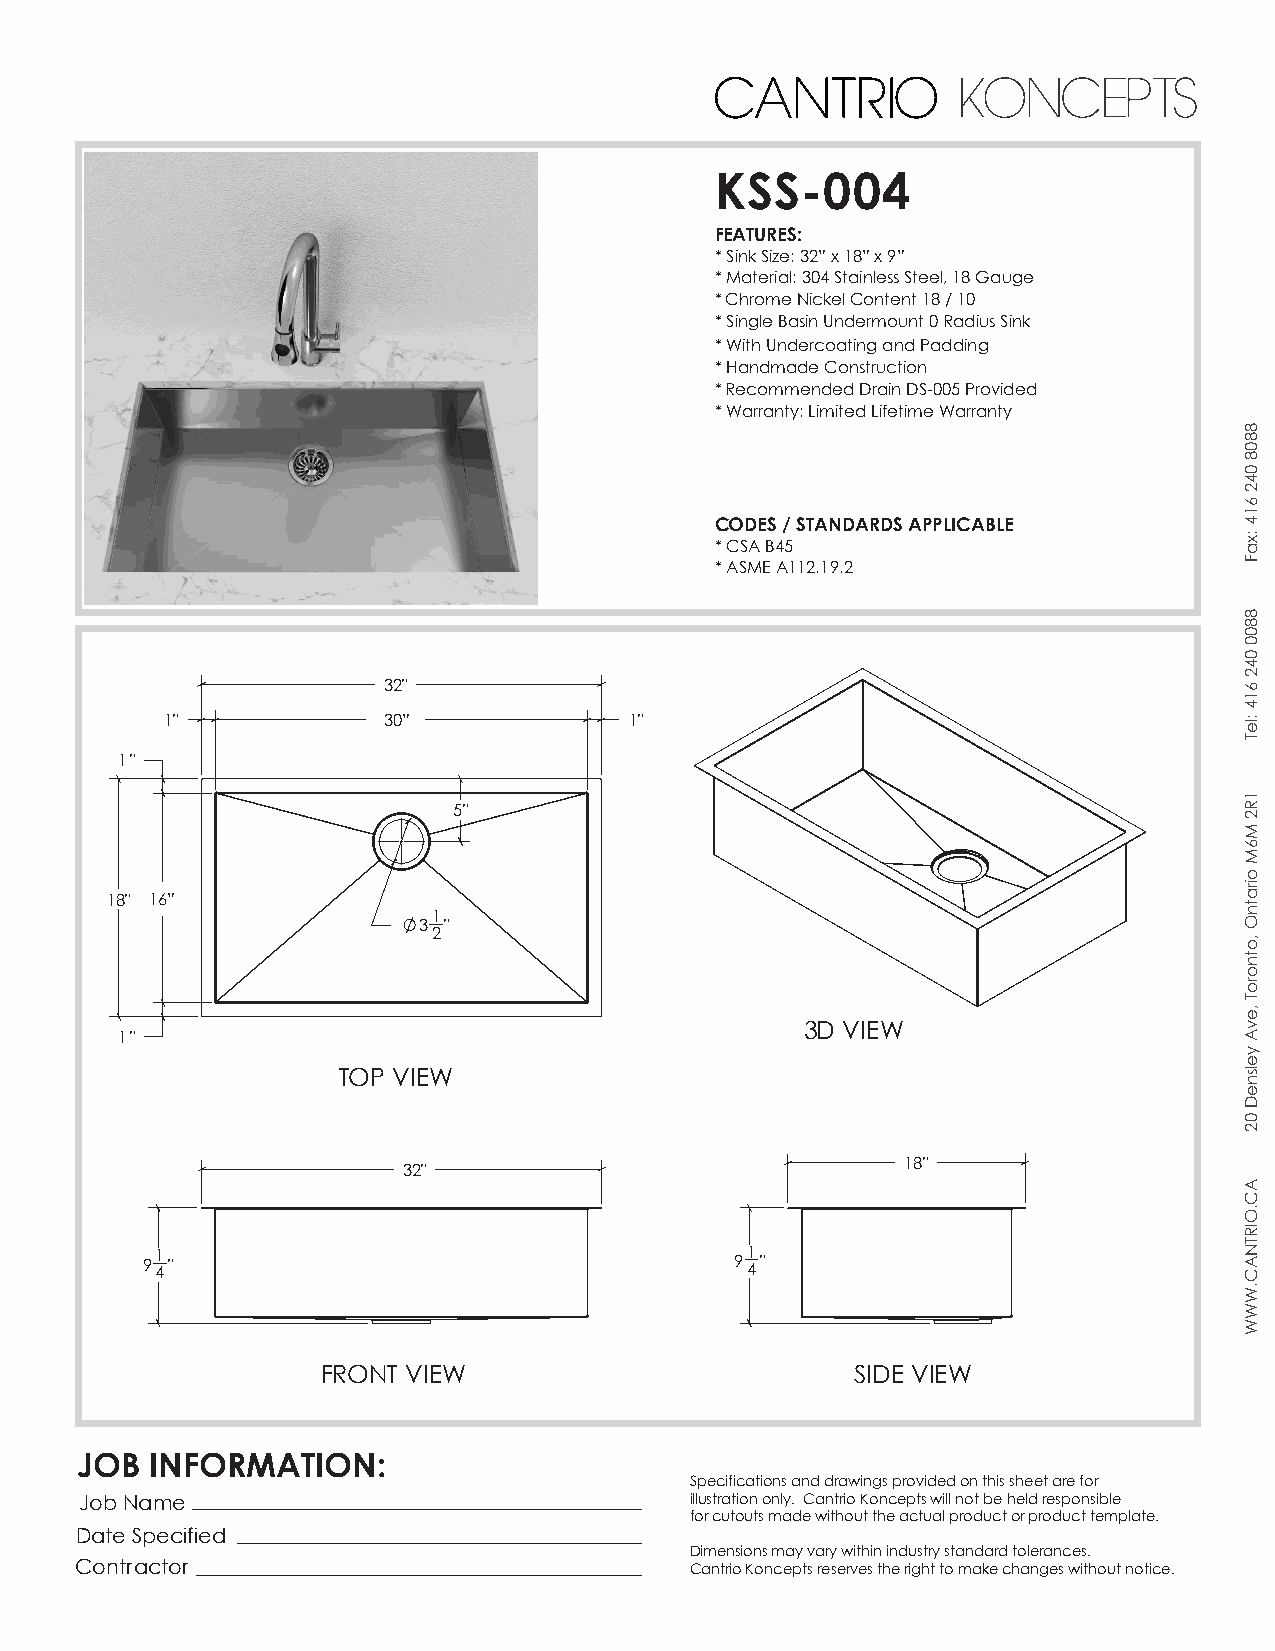
CANTRIO         KONCEPTS
 KSS-004
 FEATURES:
 * Sink Size: 32” x 18” x 9”
 * Material: 304 Stainless Steel, 18 Gauge
 * Chrome Nickel Content 18 / 10
 * Single Basin Undermount 0 Radius Sink
 * With Undercoating and Padding
 * Handmade Construction
 * Recommended Drain DS-005 Provided
 * Warranty: Limited Lifetime Warranty
 CODES / STANDARDS APPLICABLE
 * CSA B45
 * ASME A112.19.2
 32"
 1"            30”              1"
 1"
 5"
 18" 16”
 1
 3 "
 2
 3D VIEW
 1"
 TOP VIEW
 18"
 32"
 91 4"                                   91 4"
 FRONT VIEW                          SIDE VIEW
 JOB  INFORMATION:
 Specifications and drawings provided on this sheet are for
 Job Name                                 illustration only. Cantrio Koncepts will not be held responsible
 for cutouts made without the actual product or product template.
 Date Specified
 Dimensions may vary within industry standard tolerances.
 Contractor                               Cantrio Koncepts reserves the right to make changes without notice.
 8808
 042
 614
 :xaF
 8800
 042
 614
 :leT
 1R2
 M6M
 oiratnO
 ,otnoroT
 ,evA
 yelsneD
 02
 AC.OIRTNAC.WWW